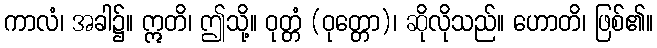
ကာလံ၊ အခါ၌။ ဣတိ၊ ဤသို့။ ဝုတ္တံ (ဝုတ္တော)၊ ဆိုလိုသည်။ ဟောတိ၊ ဖြစ်၏။